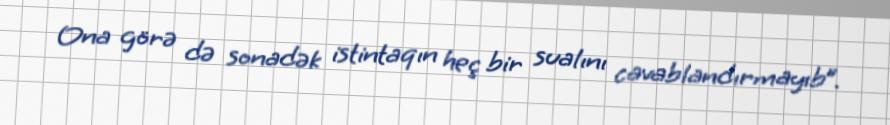
Ona görə də sonadək istintaqın heç bir sualını cavablandırmayıb”.